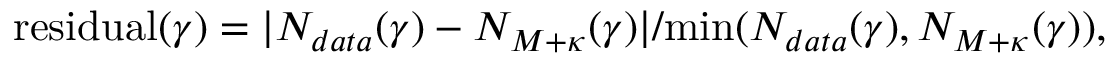
\begin{array} { r } { \mathrm { r e s i d u a l } ( \gamma ) = | N _ { d a t a } ( \gamma ) - N _ { M + \kappa } ( \gamma ) | / \mathrm { m i n } ( N _ { d a t a } ( \gamma ) , N _ { M + \kappa } ( \gamma ) ) , } \end{array}